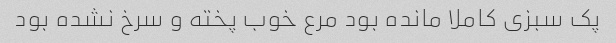
پک سبزی کاملا مانده بود مرع خوب پخته و سرخ نشده بود